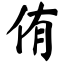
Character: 侑